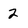
Character: 2